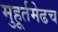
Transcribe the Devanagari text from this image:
मुहूर्तमेढच